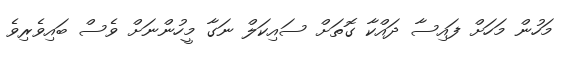
މަހުން މަހަށް ފައިސާ ދައްކާ ގޮތަށް ސައިކަލް ނަގާ މީހުންނަށް ވެސް ބައިވެރިވެ